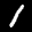
Label: 1